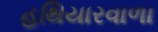
હથિયારવાળા